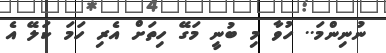
ނުނިންމަ.. ހުވާ މި ބުނީ މަގޭ ހިތަށް އެރި ހަމަ ކަލޭ އެ